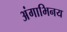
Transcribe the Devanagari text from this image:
अंगाभिनय